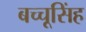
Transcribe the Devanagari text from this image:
बच्चूसिंह